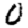
Digit: 0